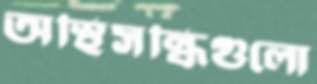
অস্থিসন্ধিগুলো